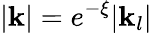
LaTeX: |\mathbf{k}|=e^{-\xi}|\mathbf{k}_{l}|